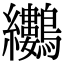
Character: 𪈜